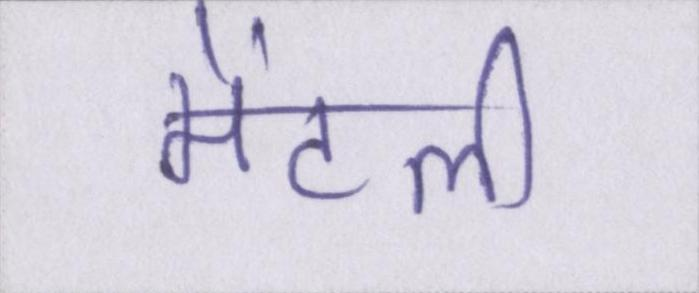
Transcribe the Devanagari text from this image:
मेंटली